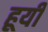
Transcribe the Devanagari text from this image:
हूयी